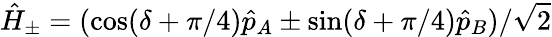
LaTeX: \hat{H}_{\pm}=(\cos(\delta+\pi/4)\hat{p}_{A}\pm\sin(\delta+\pi/4)\hat{p}_{B})/\sqrt{2}